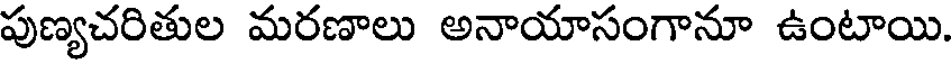
పుణ్యచరితుల మరణాలు అనాయాసంగానూ ఉంటాయి.